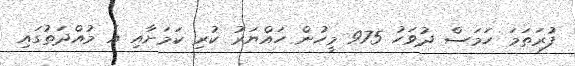
ފުރަތަމަ ހަމަސް ދުވަހު 975 މީހުން ހައްޔަރު ކުރި ކަމަށާއި އެ މުއްދަތުގައި